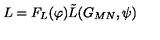
L = F _ { L } ( \varphi ) \tilde { L } ( G _ { M N } , \psi )